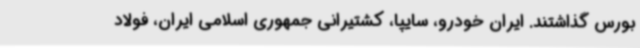
بورس گذاشتند. ایران خودرو، سایپا، کشتیرانی جمهوری اسلامی ایران، فولاد